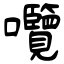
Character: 囕